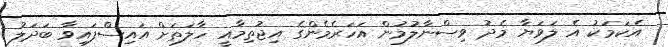
އެކަމަކު އެ ލަވަޔާ މެދު ވިސްނާލުމުން އަހަރެމެންގެ އިޖުތިމާއީ ހާލަތަށް އައިސްފައިވާ ބަދަލު